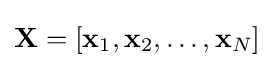
\mathbf {X} =[\mathbf {x} _{1},\mathbf {x} _{2},\ldots ,\mathbf {x} _{N}]